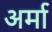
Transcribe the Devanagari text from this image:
अर्मा